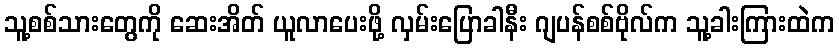
သူ့စစ်သားတွေကို ဆေးအိတ် ယူလာပေးဖို့ လှမ်းပြောခါနီး ဂျပန်စစ်ဗိုလ်က သူ့ခါးကြားထဲက